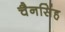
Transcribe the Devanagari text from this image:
चैनसिंह